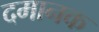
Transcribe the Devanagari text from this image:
दमानक